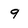
Character: 9